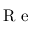
{ \mathrm { ~ R ~ e ~ } }